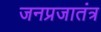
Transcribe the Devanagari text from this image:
जनप्रजातंत्र